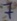
Text: 7